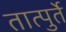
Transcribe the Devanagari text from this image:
तात्पुर्ते